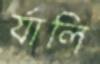
র‍্যালি